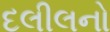
દલીલનો